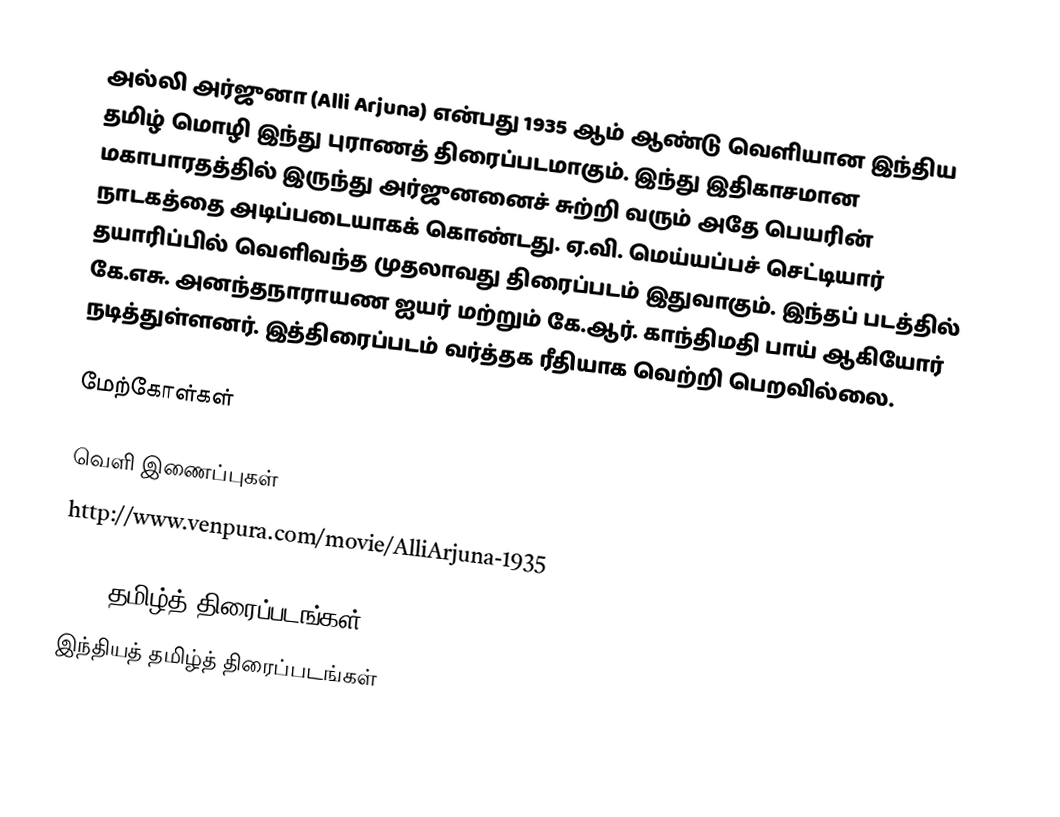
அல்லி அர்ஜுனா (Alli Arjuna) என்பது 1935 ஆம் ஆண்டு வெளியான இந்திய தமிழ் மொழி இந்து புராணத் திரைப்படமாகும். இந்து இதிகாசமான மகாபாரதத்தில் இருந்து அர்ஜுனனைச் சுற்றி வரும் அதே பெயரின் நாடகத்தை அடிப்படையாகக் கொண்டது. ஏ.வி. மெய்யப்பச் செட்டியார் தயாரிப்பில் வெளிவந்த முதலாவது திரைப்படம் இதுவாகும். இந்தப் படத்தில் கே.எசு. அனந்தநாராயண ஐயர் மற்றும் கே.ஆர். காந்திமதி பாய் ஆகியோர் நடித்துள்ளனர். இத்திரைப்படம் வர்த்தக ரீதியாக வெற்றி பெறவில்லை.

மேற்கோள்கள்

வெளி இணைப்புகள்
http://www.venpura.com/movie/AlliArjuna-1935

1935 தமிழ்த் திரைப்படங்கள்
இந்தியத் தமிழ்த் திரைப்படங்கள்